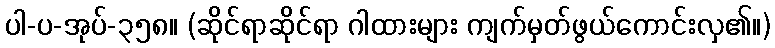
ပါ-ပ-အုပ်-၃၅၈။ (ဆိုင်ရာဆိုင်ရာ ဂါထားများ ကျက်မှတ်ဖွယ်ကောင်းလှ၏။)